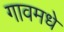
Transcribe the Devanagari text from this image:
गावमधे